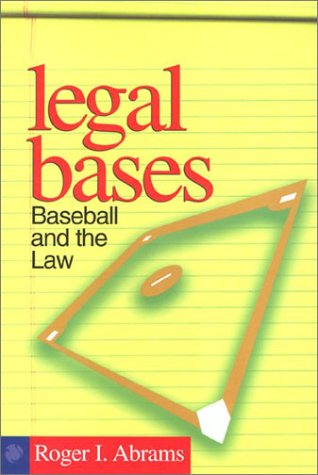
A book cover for Legal Bases: Baseball and the Law; Roger Abrams; Law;